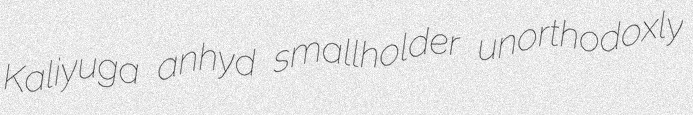
Kaliyuga anhyd smallholder unorthodoxly